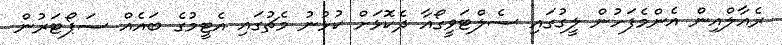
ރެއާލްއިން އެންމެފަހުން ލީގުގައި ސެލްޓަވީގޯއާ ދެކޮޅަށް ކުޅުނު މެޗުގައި އެޓީމުގެ ބައެއް ސަޕޯޓަރުން